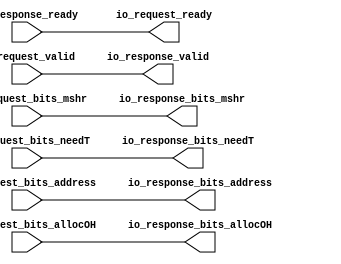
module BroadcastFilter( // @[:freechips.rocketchip.system.DefaultRV32Config.fir@78834.2]
  output        io_request_ready, // @[:freechips.rocketchip.system.DefaultRV32Config.fir@78837.4]
  input         io_request_valid, // @[:freechips.rocketchip.system.DefaultRV32Config.fir@78837.4]
  input  [1:0]  io_request_bits_mshr, // @[:freechips.rocketchip.system.DefaultRV32Config.fir@78837.4]
  input  [25:0] io_request_bits_address, // @[:freechips.rocketchip.system.DefaultRV32Config.fir@78837.4]
  input         io_request_bits_allocOH, // @[:freechips.rocketchip.system.DefaultRV32Config.fir@78837.4]
  input         io_request_bits_needT, // @[:freechips.rocketchip.system.DefaultRV32Config.fir@78837.4]
  input         io_response_ready, // @[:freechips.rocketchip.system.DefaultRV32Config.fir@78837.4]
  output        io_response_valid, // @[:freechips.rocketchip.system.DefaultRV32Config.fir@78837.4]
  output [1:0]  io_response_bits_mshr, // @[:freechips.rocketchip.system.DefaultRV32Config.fir@78837.4]
  output [25:0] io_response_bits_address, // @[:freechips.rocketchip.system.DefaultRV32Config.fir@78837.4]
  output        io_response_bits_allocOH, // @[:freechips.rocketchip.system.DefaultRV32Config.fir@78837.4]
  output        io_response_bits_needT // @[:freechips.rocketchip.system.DefaultRV32Config.fir@78837.4]
);
  assign io_request_ready = io_response_ready; // @[Broadcast.scala 339:20:freechips.rocketchip.system.DefaultRV32Config.fir@78843.4]
  assign io_response_valid = io_request_valid; // @[Broadcast.scala 340:21:freechips.rocketchip.system.DefaultRV32Config.fir@78844.4]
  assign io_response_bits_mshr = io_request_bits_mshr; // @[Broadcast.scala 342:28:freechips.rocketchip.system.DefaultRV32Config.fir@78845.4]
  assign io_response_bits_address = io_request_bits_address; // @[Broadcast.scala 343:28:freechips.rocketchip.system.DefaultRV32Config.fir@78846.4]
  assign io_response_bits_allocOH = io_request_bits_allocOH; // @[Broadcast.scala 345:28:freechips.rocketchip.system.DefaultRV32Config.fir@78848.4]
  assign io_response_bits_needT = io_request_bits_needT; // @[Broadcast.scala 344:28:freechips.rocketchip.system.DefaultRV32Config.fir@78847.4]
endmodule